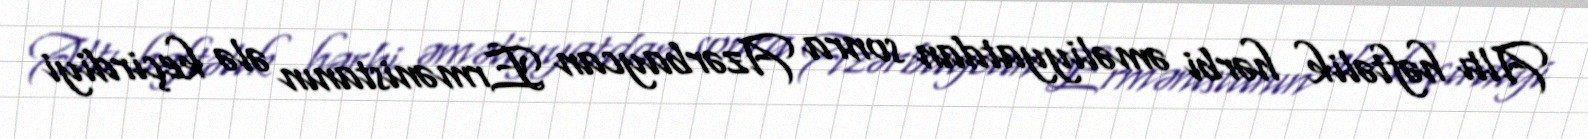
Altı həftəlik hərbi əməliyyatdan sonra Azərbaycan Ermənistanın ələ keçirdiyi